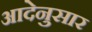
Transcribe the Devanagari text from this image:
आदेनुसार